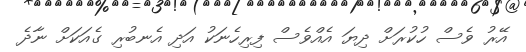
އޭރު ވެސް ހުކުރަށް ދިޔަ އެއްވެސް ފިރިހެނަކު އަދި އެނބުރި ގެއަކަށް ނާދެ